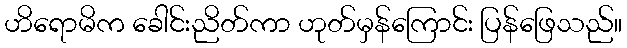
ဟိရောမိက ခေါင်းညိတ်ကာ ဟုတ်မှန်ကြောင်း ပြန်ဖြေသည်။